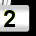
Digit: 2